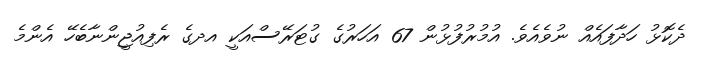
ދެކޮޅު ހަދާފައެއް ނުވެއެވެ. އުމުރުފުޅުން 67 އަހަރުގެ ގުޓަރޭސްއަކީ އދގެ ރެފިއުޖީންނާބެހޭ އެންމެ